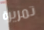
تمريرة